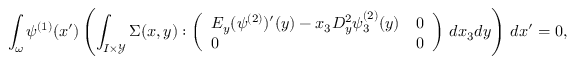
\int _ { \omega } \psi ^ { ( 1 ) } ( x ^ { \prime } ) \left( \int _ { I \times \mathcal { Y } } \Sigma ( x , y ) : \left( \begin{array} { l l } { E _ { y } ( \psi ^ { ( 2 ) } ) ^ { \prime } ( y ) - x _ { 3 } D _ { y } ^ { 2 } \psi _ { 3 } ^ { ( 2 ) } ( y ) } & { 0 } \\ { 0 } & { 0 } \end{array} \right) \, d x _ { 3 } d y \right) \, d x ^ { \prime } = 0 ,